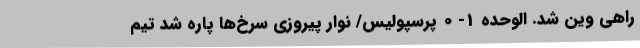
راهی وین شد. الوحده 1- 0 پرسپولیس/ نوار پیروزی سرخ‌ها پاره شد تیم